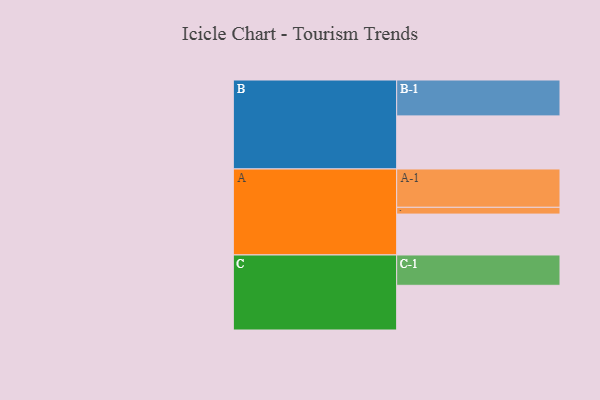
{"axis": {"x": "Segment", "y": "Value"}, "legend": ["", "A", "B", "C"], "data": [{"x": "A", "y": 302, "type": ""}, {"x": "B", "y": 392, "type": ""}, {"x": "C", "y": 330, "type": ""}, {"x": "A-1", "y": 283, "type": "A"}, {"x": "A-2", "y": 50, "type": "A"}, {"x": "B-1", "y": 265, "type": "B"}, {"x": "C-1", "y": 224, "type": "C"}]}